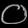
Digit: ၀